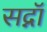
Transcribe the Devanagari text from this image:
सद्नॉ